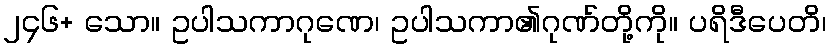
၂၄၆+ သော။ ဥပါသကာဂုဏေ၊ ဥပါသကာ၏ဂုဏ်တို့ကို။ ပရိဒီပေတိ၊